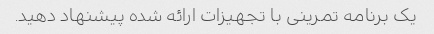
یک برنامه تمرینی با تجهیزات ارائه شده پیشنهاد دهید.